Lunatic asylums Central Provinces reports 1895-1909 - 1895-1909
Year: 1895
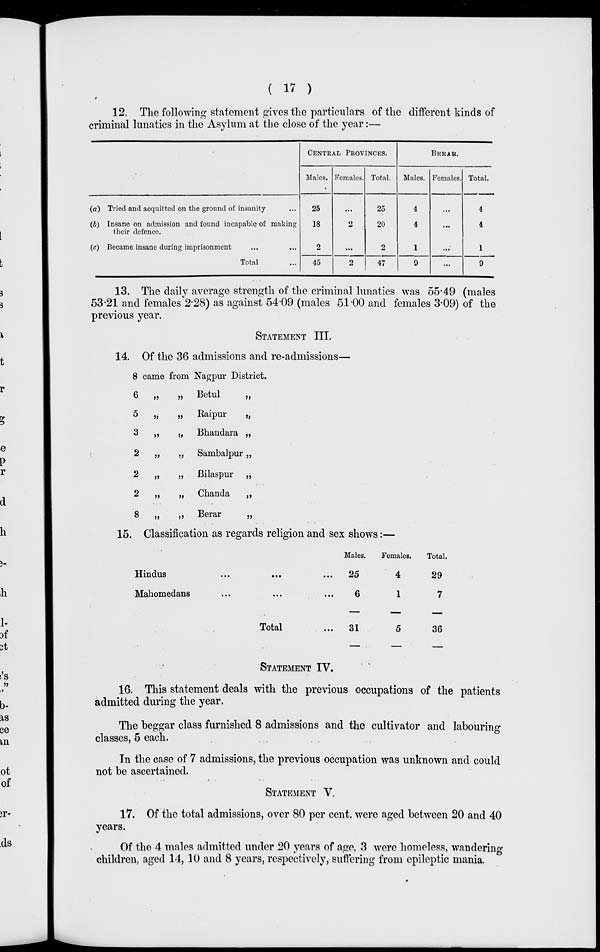
( 17 )
12. The following statement gives the particulars of the different kinds of
criminal lunatics in the Asylum at the close of the year:—
(a) Tried and acquitted on the ground of insanity ...
(b) Insane on admission and found incapable of making
their defence.
(c) Became insane during imprisonment ... ...
Total ...
CENTRAL PROVINCES.
Males.
25
18
2
45
Females.
...
2
...
2
Total.
25
20
2
47
BERAR.
Males.
4
4
1
9
Females.
...
...
...
...
Total.
4
4
1
9
13. The daily average strength of the criminal lunatics was 55.49 (males
53.21 and females 2.28) as against 54.09 (males 51.00 and females 3.09) of the
previous year.
STATEMENT III.
14. Of the 36 admissions and re-admissions—
8
6
5
3
2
2
2
8
came from
„ „
„ „
„ „
„ „
„ „
„ „
„ „
Nagpur District.
Betul
„
Raipur
„
Bhandara „
Sambalpur „
Bilaspur „
Chanda
„
Berar
„
15. Classification as regards religion and sex shows:—
Hindus ... ... ...
Mahomedans ... ... ...
Total ...
Males.
25
6
31
Females.
4
1
5
Total.
29
7
36
STATEMENT IV.
16. This statement deals with the previous occupations of the patients
admitted during the year.
The beggar class furnished 8 admissions and the cultivator and labouring
classes, 5 each.
In the case of 7 admissions, the previous occupation was unknown and could
not be ascertained.
STATEMENT V.
17. Of the total admissions, over 80 per cent. were aged between 20 and 40
years.
Of the 4 males admitted under 20 years of age, 3 were homeless, wandering
children, aged 14,10 and 8 years, respectively, suffering from epileptic mania.